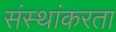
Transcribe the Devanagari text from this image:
संस्थांकरता